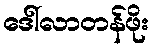
ဒေါ်လာတန်ဖိုး